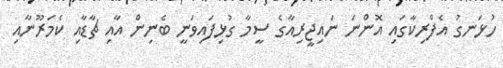
ހުޅަނގު އެފްރިކާގައި އޮންނަ ނައިޖީރިއާގެ ސީމާ ގުޅިފައިވަނީ ބެނިން އާއި ޗާޑާއި ކެމަރޫނާއި